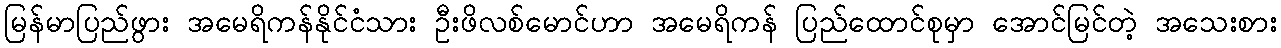
မြန်မာပြည်ဖွား အမေရိကန်နိုင်ငံသား ဦးဖိလစ်မောင်ဟာ အမေရိကန် ပြည်ထောင်စုမှာ အောင်မြင်တဲ့ အသေးစား